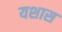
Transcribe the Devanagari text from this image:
यशास